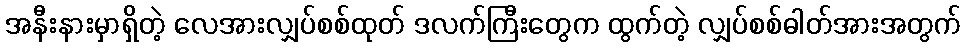
အနီးနားမှာရှိတဲ့ လေအားလျှပ်စစ်ထုတ် ဒလက်ကြီးတွေက ထွက်တဲ့ လျှပ်စစ်ဓါတ်အားအတွက်